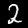
Label: 2